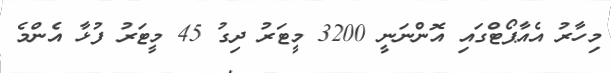
މިހާރު އެއާޕޯޓްގައި އޮންނަނީ 3200 މީޓަރު ދިގު 45 މީޓަރުު ފުޅާ އެންމެ